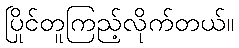
ပြိုင်တူကြည့်လိုက်တယ်။